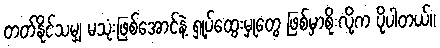
တတ်နိုင်သမျှ မသုံးဖြစ်အောင်နဲ့ ရှု့ပ်ထွေးမှုတွေ ဖြစ်မှာစိုးလို့က ပိုပါတယ်။